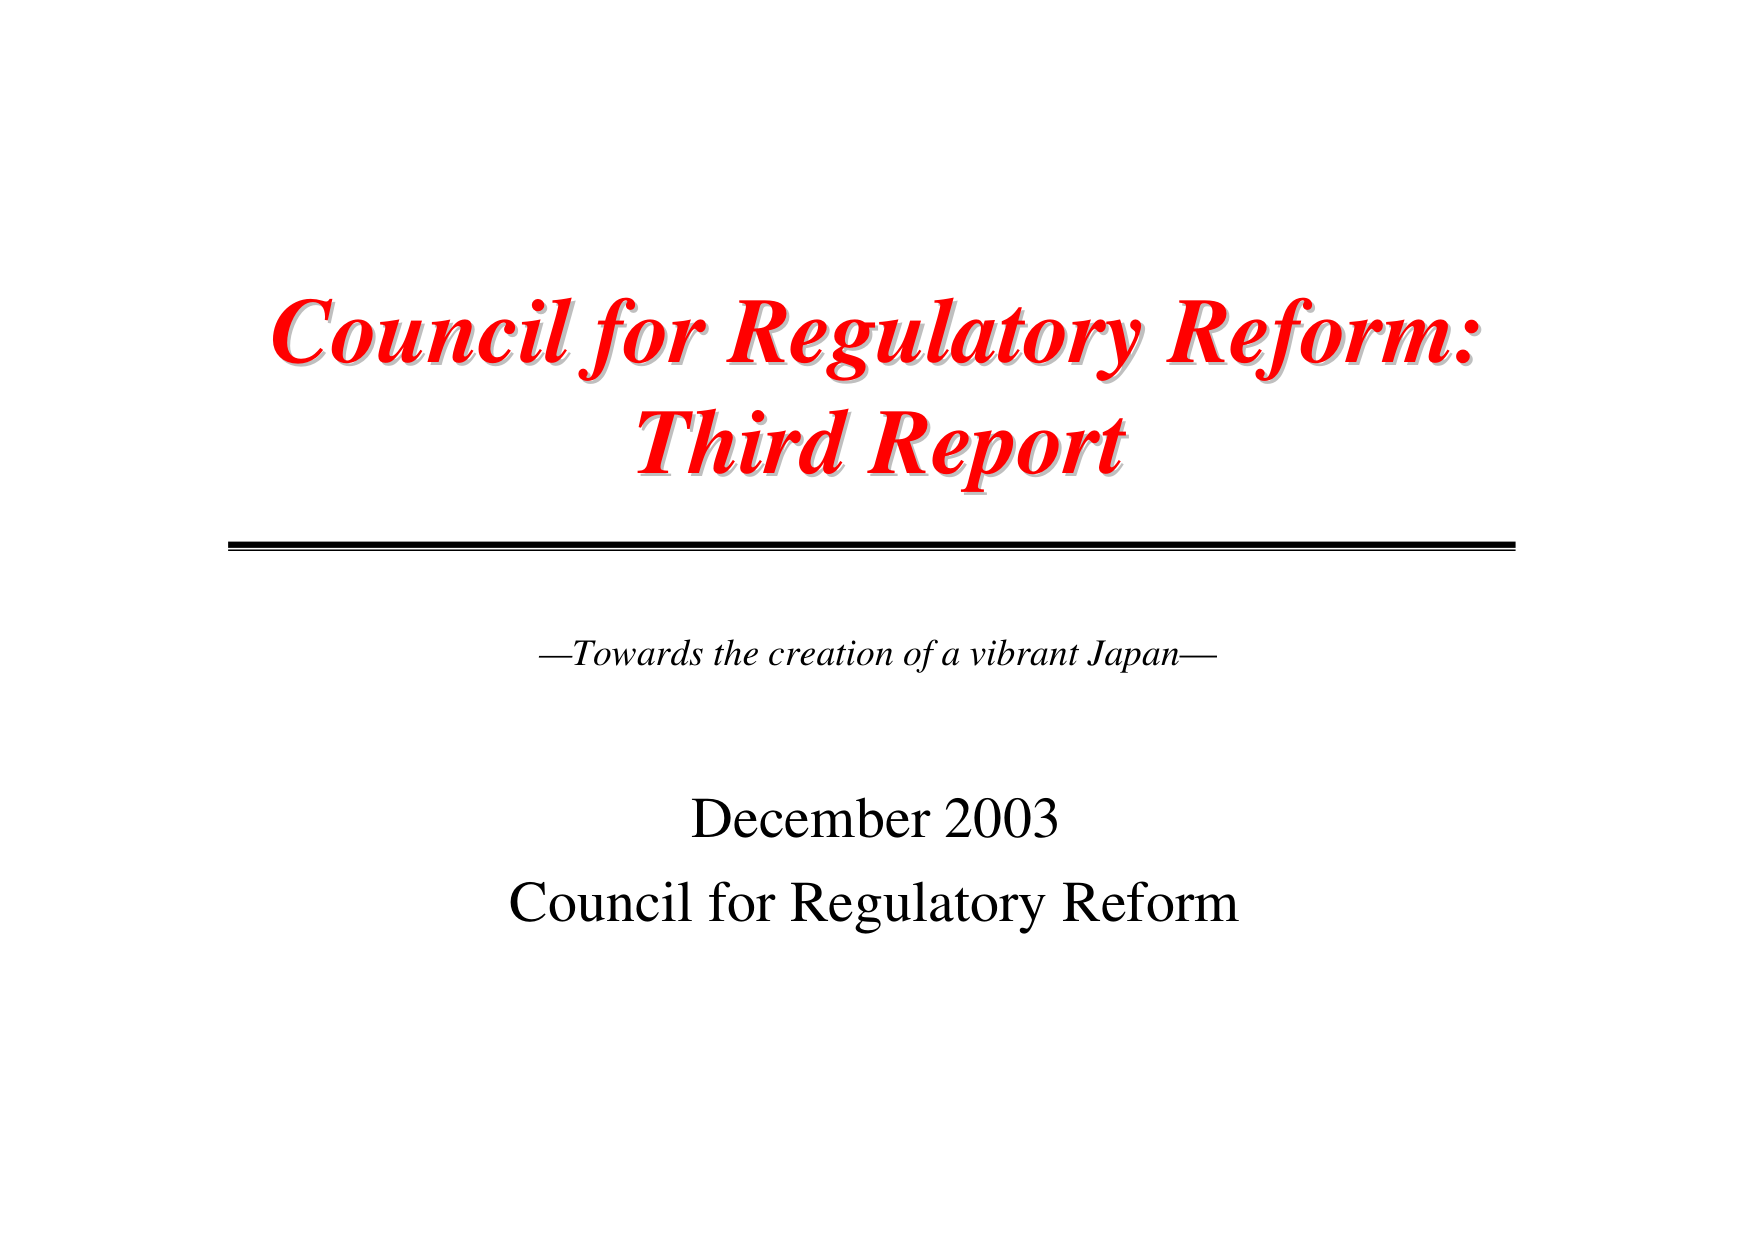
Council for Regulatory Reform:
Third Report

—Towards the creation of a vibrant Japan—

December 2003
Council for Regulatory Reform